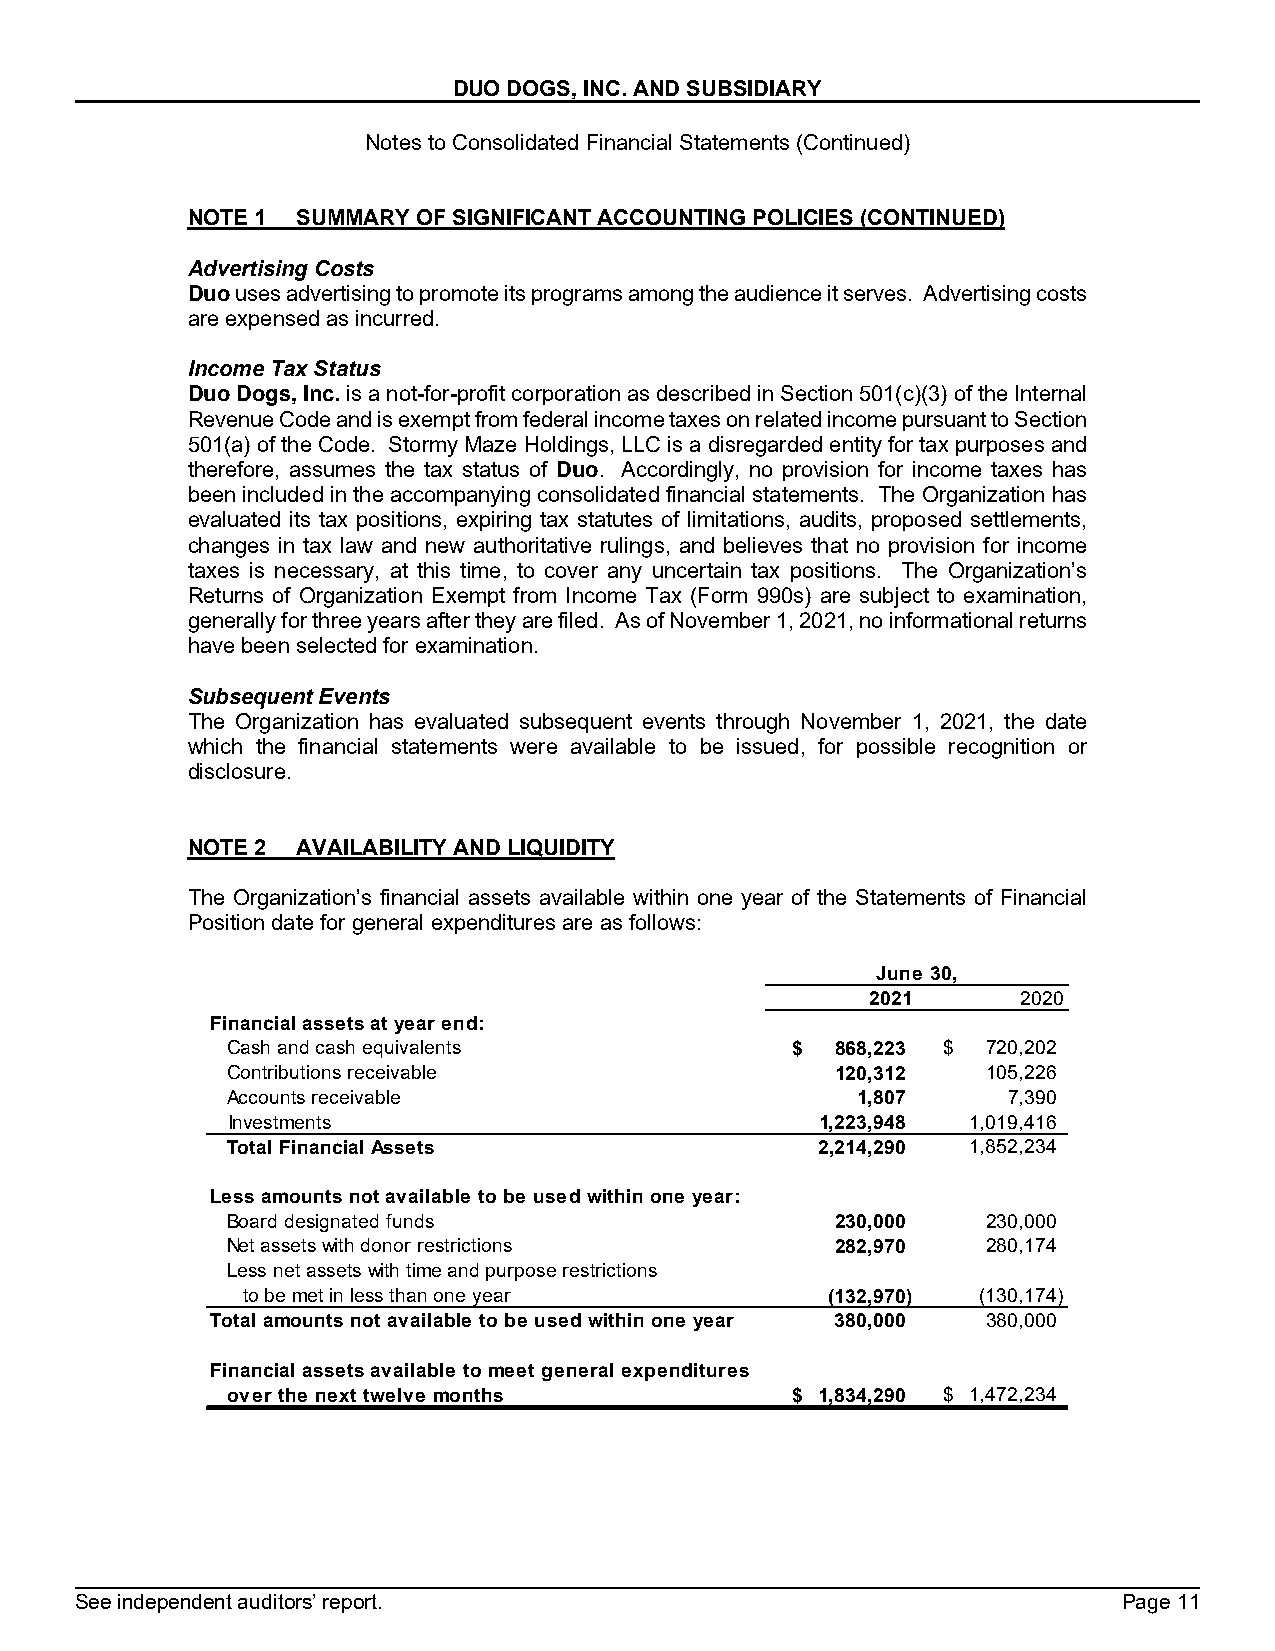
DUO DOGS, INC. AND SUBSIDIARY
 Notes to Consolidated Financial Statements (Continued)
 NOTE 1  SUMMARY OF SIGNIFICANT ACCOUNTING POLICIES (CONTINUED)
 Advertising Costs
 Duo uses advertising to promote its programs among the audience it serves. Advertising costs
 are expensed as incurred.
 Income Tax Status
 Duo Dogs, Inc. is a not-for-profit corporation as described in Section 501(c)(3) of the Internal
 Revenue Code and is exempt from federal income taxes on related income pursuant to Section
 501(a) of the Code. Stormy Maze Holdings, LLC is a disregarded entity for tax purposes and
 therefore, assumes the tax status of Duo. Accordingly, no provision for income taxes has
 been included in the accompanying consolidated financial statements. The Organization has
 evaluated its tax positions, expiring tax statutes of limitations, audits, proposed settlements,
 changes in tax law and new authoritative rulings, and believes that no provision for income
 taxes is necessary, at this time, to cover any uncertain tax positions. The Organization’s
 Returns of Organization Exempt from Income Tax (Form 990s) are subject to examination,
 generally for three years after they are filed. As of November 1, 2021, no informational returns
 have been selected for examination.
 Subsequent Events
 The Organization has evaluated subsequent events through November 1, 2021, the date
 which the financial statements were available to be issued, for possible recognition or
 disclosure.
 NOTE 2  AVAILABILITY AND LIQUIDITY
 The Organization’s financial assets available within one year of the Statements of Financial
 Position date for general expenditures are as follows:
 June 30,
 2021      2020
 Financial assets at year end:
 Cash and cash equivalents            $  868,223 $ 720,202
 Contributions receivable                120,312   105,226
 Accounts receivable                       1,807     7,390
 Investments                            1,223,948 1,019,416
 Total Financial Assets                 2,214,290 1,852,234
 Less amounts not available to be used within one year:
 Board designated funds                  230,000   230,000
 Net assets with donor restrictions      282,970   280,174
 Less net assets with time and purpose restrictions
 to be met in less than one year        (132,970) (130,174)
 Total amounts not available to be used within one year 380,000 380,000
 Financial assets available to meet general expenditures
 over the next twelve months          $ 1,834,290 $ 1,472,234
 See independent auditors’ report.                                    Page 11